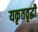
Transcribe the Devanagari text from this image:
यकृतवृद्धी